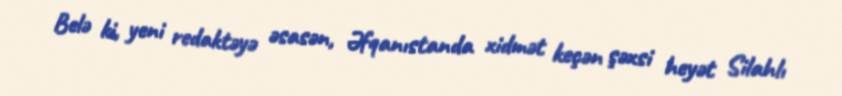
Belə ki, yeni redaktəyə əsasən, Əfqanıstanda xidmət keçən şəxsi heyət Silahlı